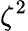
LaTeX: \zeta^{2}